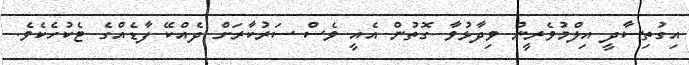
އިގުތިސާދީ އިލްމުވެރީން ވިދާޅުވާ ގޮތުން އެއީ ވެސް ސަރުކާރަށް ދެއްކޭ ފާޑެއްގެ ޓެކުހެކެވެ.